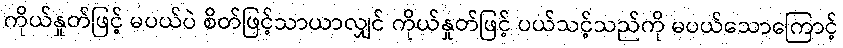
ကိုယ်နှုတ်ဖြင့် မပယ်ပဲ စိတ်ဖြင့်သာယာလျှင် ကိုယ်နှုတ်ဖြင့် ပယ်သင့်သည်ကို မပယ်သောကြောင့်